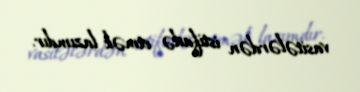
vasitələrdən istifadə etmək lazımdır.